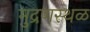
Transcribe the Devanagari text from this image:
मुद्रणस्थळ